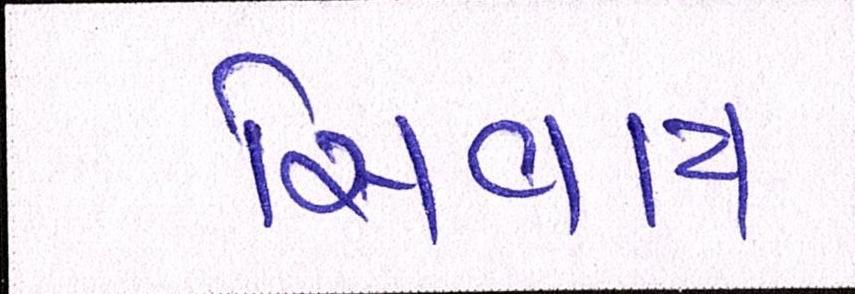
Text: સિવાય